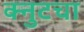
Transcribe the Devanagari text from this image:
क्नुटचा